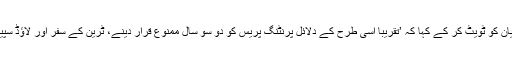
فواد چودھری نے مفتی منیب الرحمان کے ویڈیو بیان کو ٹویٹ کر کے کہا کہ ’تقریباً اسی طرح کے دلائل پرنٹنگ پریس کو دو سو سال ممنوع قرار دینے، ٹرین کے سفر اور لاؤڈ سپیکر کو حرام قرار دینے کے لیے دیے جاتے رہے۔